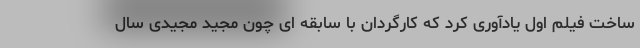
ساخت فیلم اول یادآوری کرد که کارگردان با سابقه ای چون مجید مجیدی سال